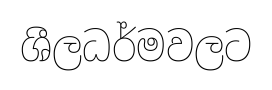
ශීලධර්මවලට